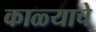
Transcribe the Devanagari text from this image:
काळ्याचे